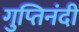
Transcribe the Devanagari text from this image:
गुप्तिनंदी